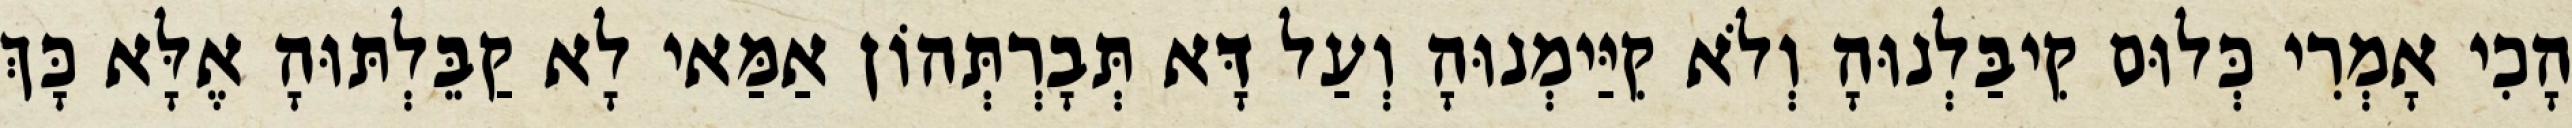
הָכִי אָמְרִי כְּלוּם קִיבַּלְנוּהָ וְלֹא קִיַּימְנוּהָ וְעַל דָּא תְּבָרְתְּהוֹן אַמַּאי לָא קַבֵּלְתּוּהָ אֶלָּא כָּךְ